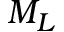
M _ { L }